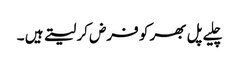
چلیے پل بھر کو فرض کر لیتے ہیں ۔